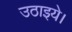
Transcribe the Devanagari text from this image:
उठाइये।